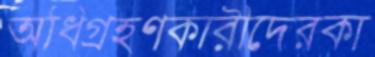
অধিগ্রহণকারীদেরকা